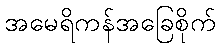
အမေရိကန်အခြေစိုက်